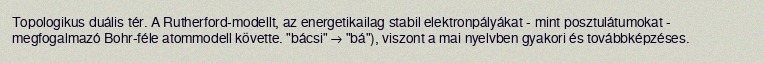
Topologikus duális tér. A Rutherford-modellt, az energetikailag stabil elektronpályákat - mint posztulátumokat - megfogalmazó Bohr-féle atommodell követte. "bácsi" → "bá"), viszont a mai nyelvben gyakori és továbbképzéses.